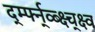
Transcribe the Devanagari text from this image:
र्द्म्फ्न्व्ब्क्ष्च्क्ष्व